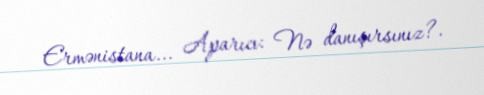
Ermənistana... Aparıcı: Nə danışırsınız?.